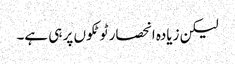
لیکن زیادہ انحصار ٹوٹکوں پر ہی ہے۔